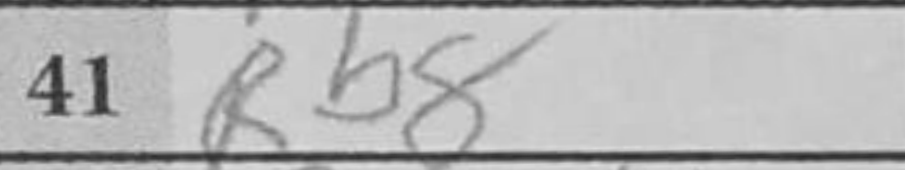
Transcription: Rb8